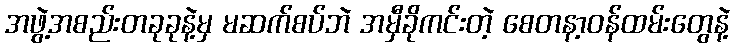
အဖွဲ့အစည်းတခုခုနဲ့မှ မဆက်စပ်ဘဲ အမှီခိုကင်းတဲ့ စေတနာ့ဝန်ထမ်းတွေနဲ့